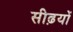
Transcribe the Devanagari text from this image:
सीढ़यों